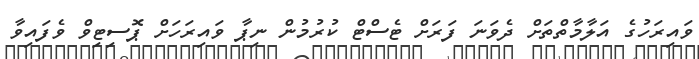
ވައިރަހުގެ އަލާމާތްތަށް ދެވަނަ ފަރަށް ޓެސްޓް ކުރުމުން ނިޕާ ވައިރަހަށް ޕޮސިޓިވް ވެފައިވާ